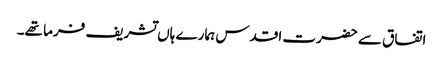
اتفاق سے حضرت اقدس ہمارے ہاں تشریف فرما تھے۔